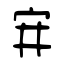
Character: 宑